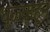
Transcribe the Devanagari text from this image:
धुळ्याहून